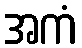
အကံ